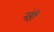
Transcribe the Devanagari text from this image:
नंही